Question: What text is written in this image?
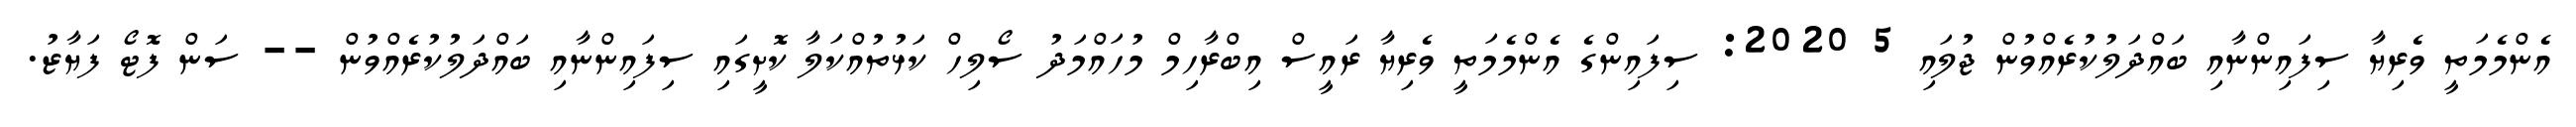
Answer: އެންމެމަތީ ވެރިޔާ ސިފައިންނާއި ބައްދަލުކުރެއްވުން ޖުލައި 5 2020: ސިފައިންގެ އެންމެމަތީ ވެރިޔާ ރައީސް އިބްރާހިމް މުހައްމަދު ސޯލިހް ކަޅުތުއްކަލާ ކޮށީގައި ސިފައިންނާއި ބައްދަލުކުރެއްވުން -- ސަން ފޮޓޯ ފަޔާޒު.